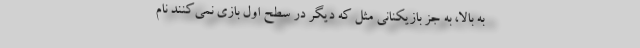
به بالا، به جز بازیکنانی مثل که دیگر در سطح اول بازی نمی‌کنند نام